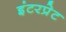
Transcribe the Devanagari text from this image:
इंटरप्रेट